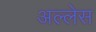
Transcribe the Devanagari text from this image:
अल्लेस